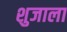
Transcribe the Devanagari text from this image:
शुजाला